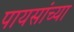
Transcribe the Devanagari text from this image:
पायसांच्या